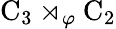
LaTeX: \mathrm{C}_{3}\rtimes_{\varphi}\mathrm{C}_{2}